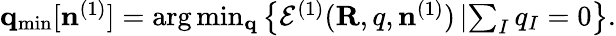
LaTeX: \begin{array}{r}{{\mathbf q}_{\mathrm{min}}[{\mathbf n}^{(1)}]=\arg\operatorname*{min}_{\mathbf q}\left\{ {\cal E}^{(1)}({\mathbf R,q},{\mathbf n}^{(1)})\left\vert\sum_{I}q_{I}=0\right.\right\} .}\end{array}